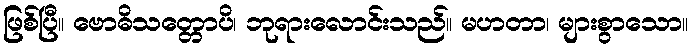
ဖြစ်ပြီ။ ဗောဓိသတ္တောပိ၊ ဘုရားလောင်းသည်။ မဟတာ၊ များစွာသော။